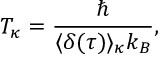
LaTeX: T _ { \kappa } = \frac { \hbar } { \langle \delta ( \tau ) \rangle _ { \kappa } k _ { B } } , \nonumber